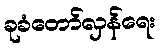
ခုခံတော်လှန်ရေး